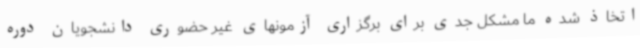
اتخاذ شده ما مشکل جدی برای برگزاری آزمونهای غیر حضوری دانشجویان دوره